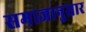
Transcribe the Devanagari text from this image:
समाजानुसार